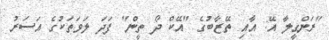
"ރަންގީލާ އޭ: އާއި ތޭޒާބުގެ "އޭކް ދޯ ތީން" ފަދަ ލަވަތަކުގެ އަސަރު